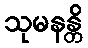
သုမနန္တိ